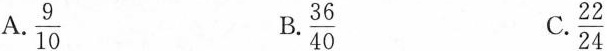
A.\frac{9}{10} B.\frac{36}{40} C. \frac{22}{24}